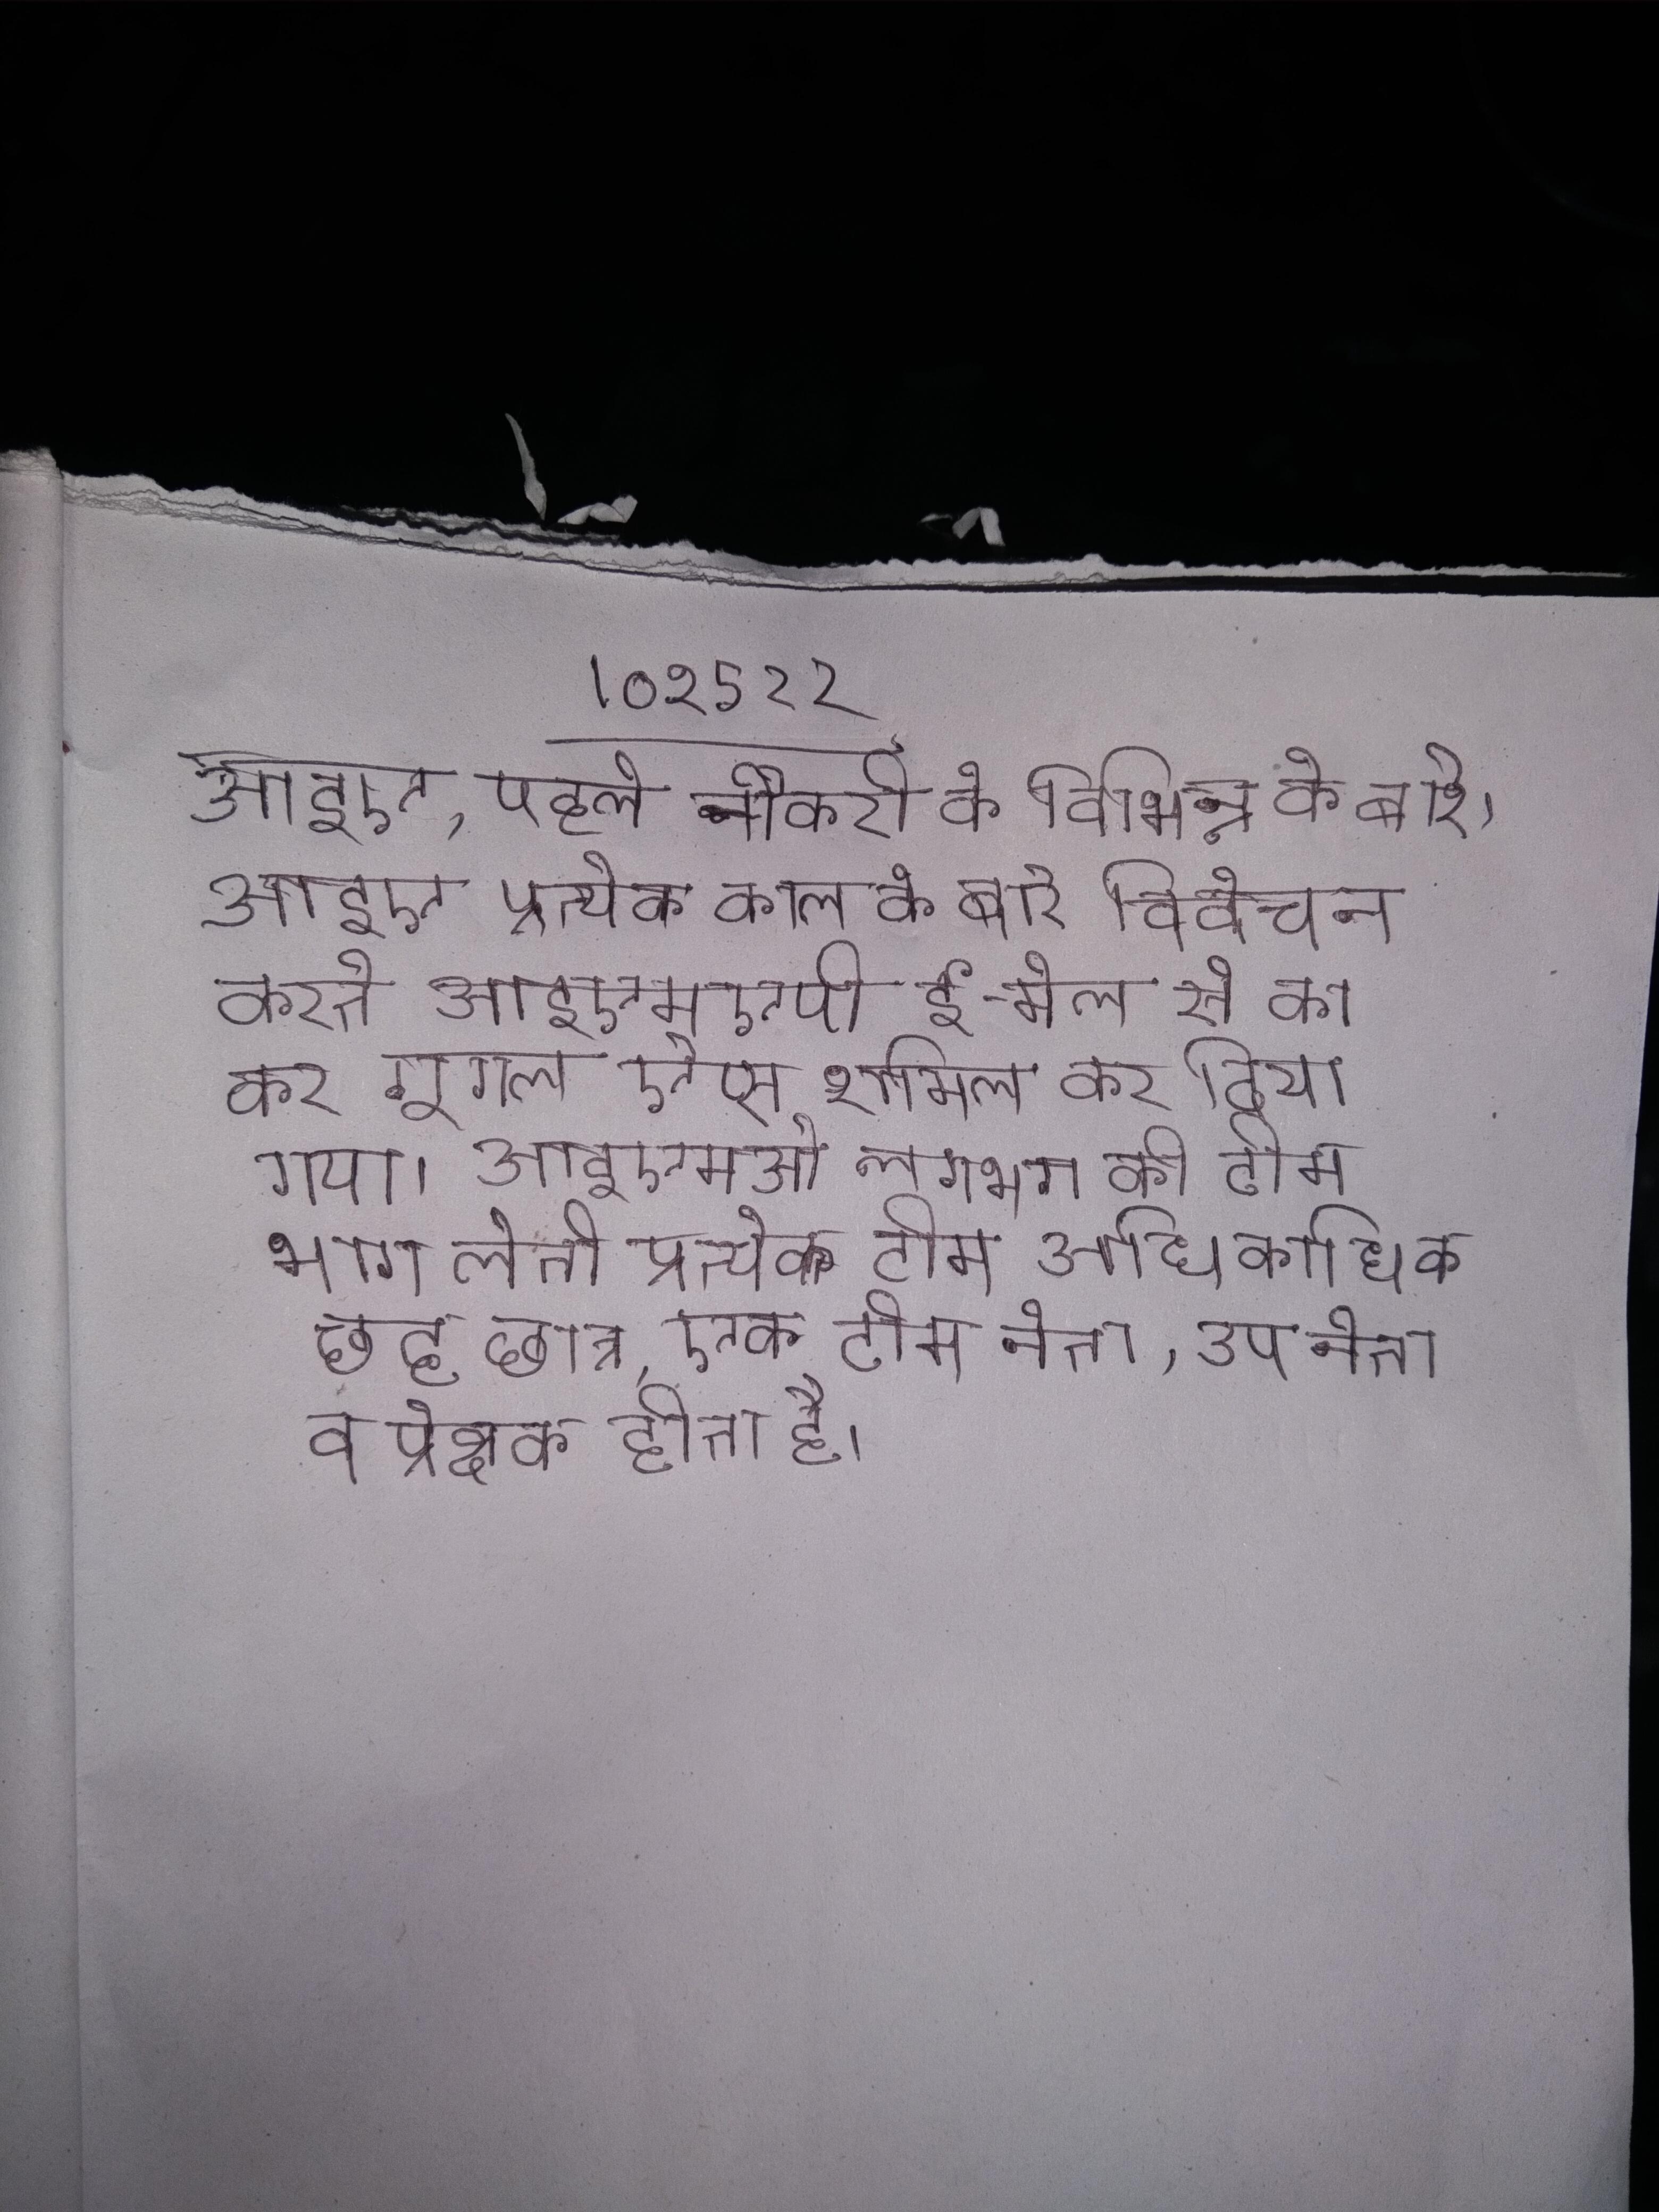
आइए, पहले नौकरी के विभिन्न के बारे । आइए प्रत्येक काल के बारे विवेचन करते आइएमएपी ई-मेल से का कर गूगल ऐप्स शामिल कर दिया गया । आइएमओ लगभग की टीम भाग लेती प्रत्येक टीम अधिकाधिक छह छात्र, एक टीम नेता, उप नेता व प्रेक्षक होता है ।